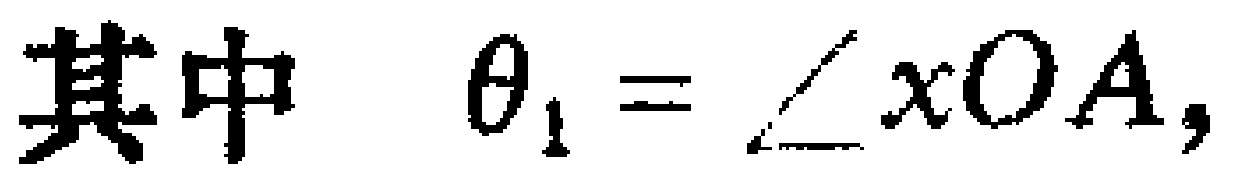
其中 $\theta_{1}=\angle xOA,$